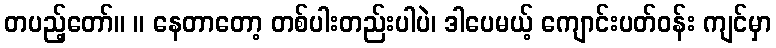
တပည့်တော်။ ။ နေတာတော့ တစ်ပါးတည်းပါပဲ၊ ဒါပေမယ့် ကျောင်းပတ်ဝန်း ကျင်မှာ